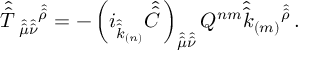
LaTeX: \hat { \hat { T } \, } _ { \hat { \hat { \mu } } \hat { \hat { \nu } } } { } ^ { \hat { \hat { \rho } } } = - \left( i _ { \hat { \hat { k } } _ { ( n ) } } \hat { \hat { C } \, } \right) _ { \hat { \hat { \mu } } \hat { \hat { \nu } } } Q ^ { n m } \hat { \hat { k } } _ { ( m ) } { } ^ { \hat { \hat { \rho } } } \, .